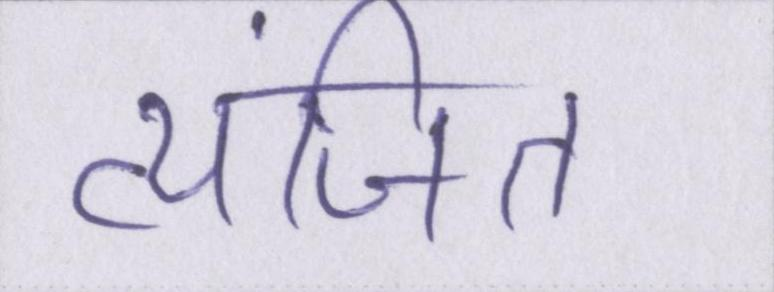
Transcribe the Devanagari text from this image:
व्यंजित